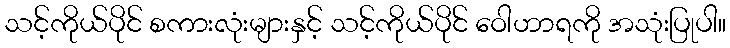
သင့်ကိုယ်ပိုင် စကားလုံးများနှင့် သင့်ကိုယ်ပိုင် ဝေါဟာရကို အသုံးပြုပါ။